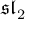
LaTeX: { \mathfrak { s l } } _ { 2 }